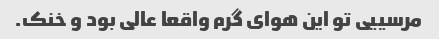
مرسییی تو این هوای گرم واقعا عالی بود و خنک.